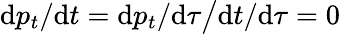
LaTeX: \mathrm{d}p_{t}/\mathrm{d}t=\mathrm{d}p_{t}/\mathrm{d}\tau{\big/}\mathrm{d}t/\mathrm{d}\tau=0